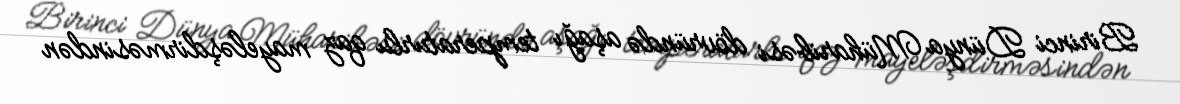
Birinci Dünya Müharibəsi dövründə aşağı temperaturlu qaz mayeləşdirməsindən